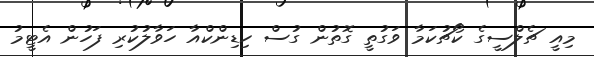
މިއީ ޗެލްސީގެ ކޯޗުކަމާ ވަގުތީ ގޮތުން ގުސް ހިޑިންކްއާ ހަވާލުކުރި ފަހުން އެޓީމު